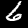
Label: 6